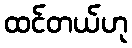
ထင်တယ်ဟု